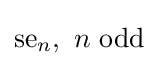
{\text{se}}_{n},\ n{\text{ odd}}